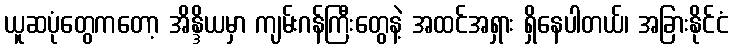
ယူဆပုံတွေကတော့ အိန္ဒိယမှာ ကျမ်းဂန်ကြီးတွေနဲ့ အထင်အရှား ရှိနေပါတယ်၊ အခြားနိုင်ငံ